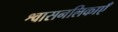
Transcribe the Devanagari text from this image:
श्वासनलिकाएँ